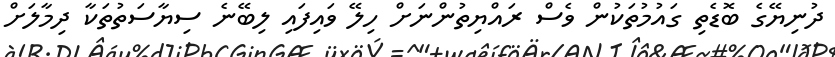
ދުނިޔޭގެ ބޮޑެތި ގައުމުތަކުން ވެސް ރައްޔިތުންނަށް ހިލޭ ވައިފައި ލިބޭނެ ސިޔާސަތުތަކާ ދިމާލަށް